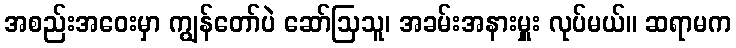
အစည်းအဝေးမှာ ကျွန်တော်ပဲ ဆော်ဩသူ၊ အခမ်းအနားမှူး လုပ်မယ်။ ဆရာမက